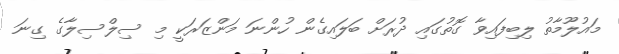
މައުލޫމާތު ލިބިފައިވާ ގޮތުގައި ދުރަށް ބަލައިގެން ހުންނަ މަންޒަރަކީ މި ސިލްސިލާގެ ގިނަ